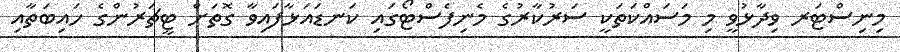
މިނިސްޓަރ ވިދާޅުވީ މި މަސައްކަތަކީ ސަރުކާރުގެ މެނިފެސްޓޯގައި ކަނޑައަޅާފައިވާ ގޮތަށް ޓީޗަރުންގެ ހައިބަތާއި